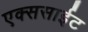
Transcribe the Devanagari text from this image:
एक्ससाईट